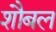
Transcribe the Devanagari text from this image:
शौबल